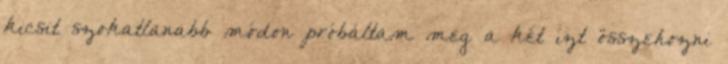
kicsit szokatlanabb módon próbáltam meg a két ízt összehozni